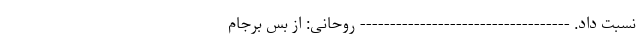
نسبت داد. ----------------------------------- روحانی: از بس برجام